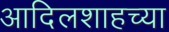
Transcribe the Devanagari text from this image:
आदिलशाहच्या